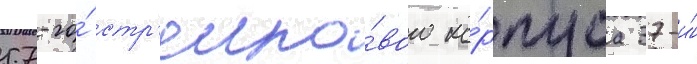
57-го́ стр'елко́вого ко́рпуса 37-и́